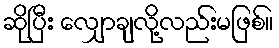
ဆိုပြီး လျှောချလို့လည်းမဖြစ်။